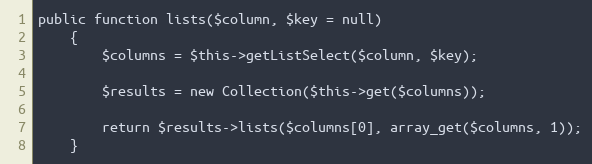
Language: PHP
public function lists($column, $key = null)
	{
		$columns = $this->getListSelect($column, $key);

		$results = new Collection($this->get($columns));

		return $results->lists($columns[0], array_get($columns, 1));
	}